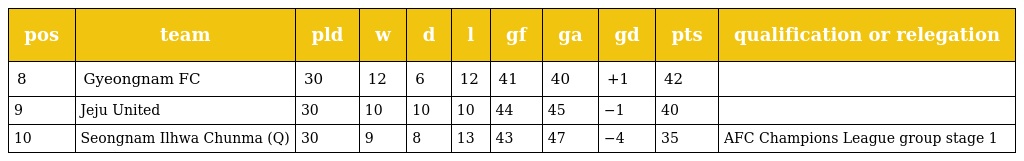
| pos | team | pld | w | d | l | gf | ga | gd | pts | qualification or relegation |
 | --- | --- | --- | --- | --- | --- | --- | --- | --- | --- | --- |
 | 8 | Gyeongnam FC | 30 | 12 | 6 | 12 | 41 | 40 | +1 | 42 |  |
 | 9 | Jeju United | 30 | 10 | 10 | 10 | 44 | 45 | −1 | 40 |  |
 | 10 | Seongnam Ilhwa Chunma (Q) | 30 | 9 | 8 | 13 | 43 | 47 | −4 | 35 | AFC Champions League group stage 1 |